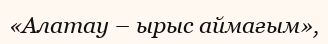
«Алатау – ырыс аймағым»,